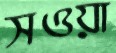
সওয়া